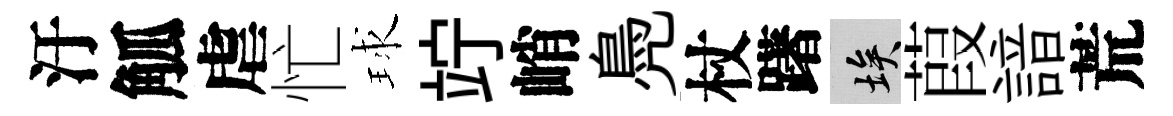
汙觚虐忙球竚峭鳧杖躇埃葭諳荒